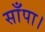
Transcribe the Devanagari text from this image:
साँपा।